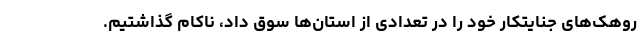
روهک‌های جنایتکار خود را در تعدادی از استان‌ها سوق داد، ناکام گذاشتیم.